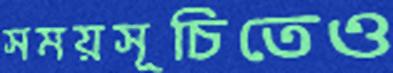
সময়সূচিতেও